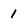
Character: 1